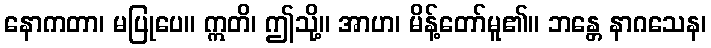
နောကတာ၊ မပြုပေ။ ဣတိ၊ ဤသို့။ အာဟ၊ မိန့်တော်မူ၏။ ဘန္တေ နာဂသေန၊